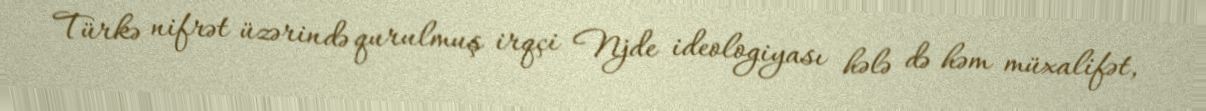
Türkə nifrət üzərində qurulmuş irqçi Njde ideologiyası hələ də həm müxalifət,